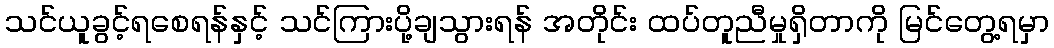
သင်ယူခွင့်ရစေရန်နှင့် သင်ကြားပို့ချသွားရန် အတိုင်း ထပ်တူညီမှုရှိတာကို မြင်တွေ့ရမှာ